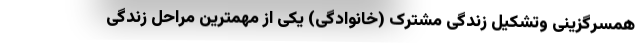
همسرگزینی وتشکیل زندگی مشترک (خانوادگی) یکی از مهمترین مراحل زندگی